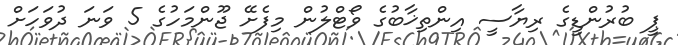
ޕީ ބުރުންޑީގެ ރިޔާސީ އިންތިޚާބުގެ ވޯޓްލުން މިފެށޭ ޖޫންމަހުގެ 5 ވަނަ ދުވަހަށް